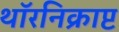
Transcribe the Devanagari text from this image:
थॉरनिक्राप्ट